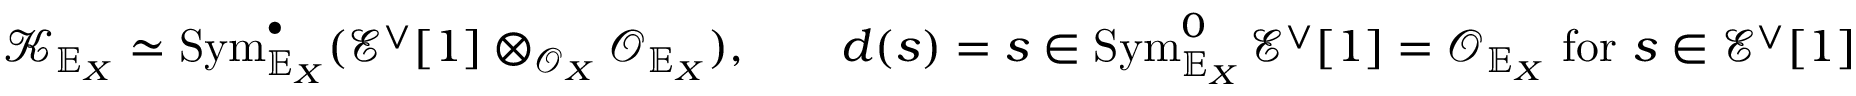
{ \mathcal K } _ { \mathbb { E } _ { X } } \simeq \operatorname { S y m } _ { \mathbb { E } _ { X } } ^ { \bullet } ( { \mathcal E } ^ { \vee } [ 1 ] \otimes _ { { \mathcal O } _ { X } } { \mathcal O } _ { \mathbb { E } _ { X } } ) , \; \; \; \; \; \; \; d ( s ) = s \in \operatorname { S y m } _ { \mathbb { E } _ { X } } ^ { 0 } { \mathcal E } ^ { \vee } [ 1 ] = { \mathcal O } _ { \mathbb { E } _ { X } } \mathrm { ~ f o r ~ } s \in { \mathcal E } ^ { \vee } [ 1 ]